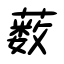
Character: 薮